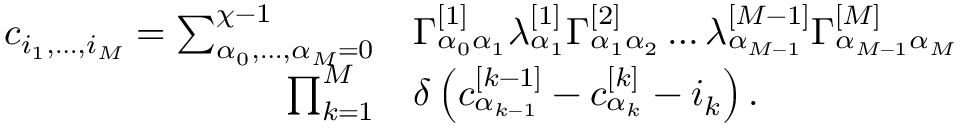
\begin{array} { r l } { c _ { i _ { 1 } , \dots , i _ { M } } = \sum _ { \alpha _ { 0 } , \dots , \alpha _ { M } = 0 } ^ { \chi - 1 } } & { { } \Gamma _ { \alpha _ { 0 } \alpha _ { 1 } } ^ { [ 1 ] } \lambda _ { \alpha _ { 1 } } ^ { [ 1 ] } \Gamma _ { \alpha _ { 1 } \alpha _ { 2 } } ^ { [ 2 ] } \dots \lambda _ { \alpha _ { M - 1 } } ^ { [ M - 1 ] } \Gamma _ { \alpha _ { M - 1 } \alpha _ { M } } ^ { [ M ] } } \\ { \prod _ { k = 1 } ^ { M } } & { { } \delta \left( c _ { \alpha _ { k - 1 } } ^ { [ k - 1 ] } - c _ { \alpha _ { k } } ^ { [ k ] } - i _ { k } \right) . } \end{array}